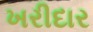
ખરીદાર